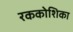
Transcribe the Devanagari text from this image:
रककोशिका